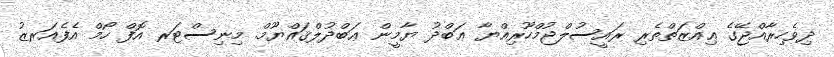
ދިވެހިރާއްޖޭގެ ޢިއްޒަތްތެރި ރައީސުލްޖުމްހޫރިއްޔާ ޢަބްދު ޔާމީން ޢަބްދުލްޤައްޔޫމް. މިނިސްޓަރ އޮފް ހޯމް އެފެއަރޒު